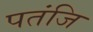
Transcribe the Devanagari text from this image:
पतंजि